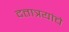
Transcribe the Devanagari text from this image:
दत्तात्रयांचे